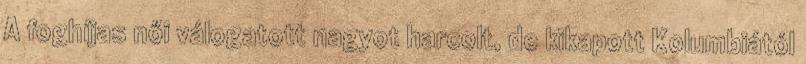
A foghíjas női válogatott nagyot harcolt, de kikapott Kolumbiától